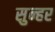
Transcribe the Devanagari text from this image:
सुन्हर